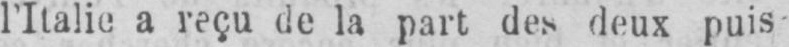
l’Italie, a reçu de la part des deux puis